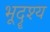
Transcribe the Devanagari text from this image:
भूदॄश्य